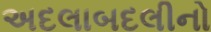
અદલાબદલીનો